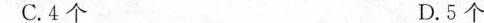
C.4个 D.5个